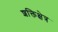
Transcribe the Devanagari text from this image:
शक्तिक्षेत्र